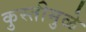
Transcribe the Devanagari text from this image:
कुस्तीमुळे